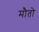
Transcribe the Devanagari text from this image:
मौतो